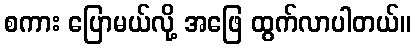
စကား ပြောမယ်လို့ အဖြေ ထွက်လာပါတယ်။